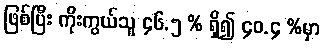
ဖြစ်ပြီး ကိုးကွယ်သူ ၄၆.၅ % ရှိ၍ ၄၀.၄ %မှာ